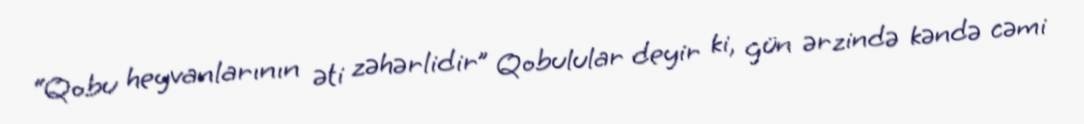
“Qobu heyvanlarının əti zəhərlidir” Qobulular deyir ki, gün ərzində kəndə cəmi